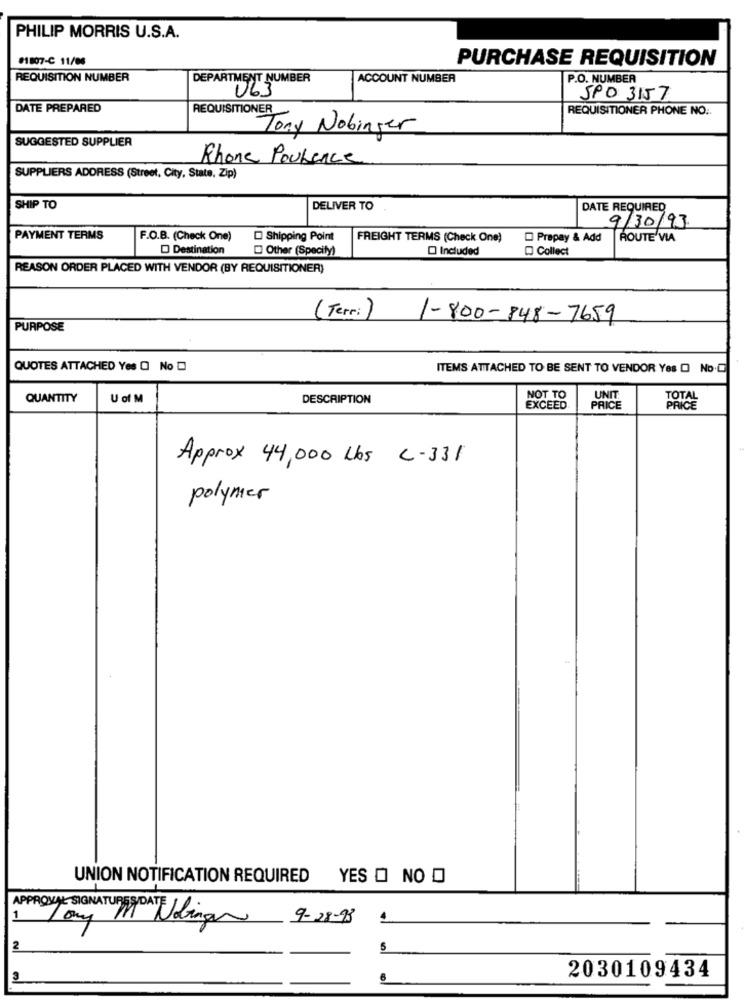
PHILIP MORRIS U.S.A.
#1807-C 11/06
PURCHASE REQUISITION
REQUISITION NUMBER
DEPARTMENT NUMBER
ACCOUNT NUMBER
P.O. NUMBER
063
SPO 3157
DATE PREPARED
REQUISITIONER
REQUISITIONER PHONE NO.
Tony Nobinger
SUGGESTED SUPPLIER
Rhone Poulence
SUPPLIERS ADDRESS (Street, City, State, Zip)
SHIP TO
DELIVER TO
DATE REQUIRED
9/30/93
PAYMENT TERMS
F.O.B. (Check One)
Shipping Point
FREIGHT TERMS (Check One)
Prepay & Add
ROUTE VIA
Destination
Other (Specify)
Included
Collect
REASON ORDER PLACED WITH VENDOR (BY REQUISITIONER)
(Terr:)
1-800-848-7659
PURPOSE
QUOTES ATTACHED Yes O No
ITEMS ATTACHED TO BE SENT TO VENDOR Yes O No.
QUANTITY
U of M
DESCRIPTION
NOT TO
UNIT
TOTAL
EXCEED
PRICE
Approx 44,000 Lbs C-331
polymer
UNION NOTIFICATION REQUIRED
YES O NO O
APPROVAL SIGNATURES DATE
1
9-28-93
2
5
6
2030109434